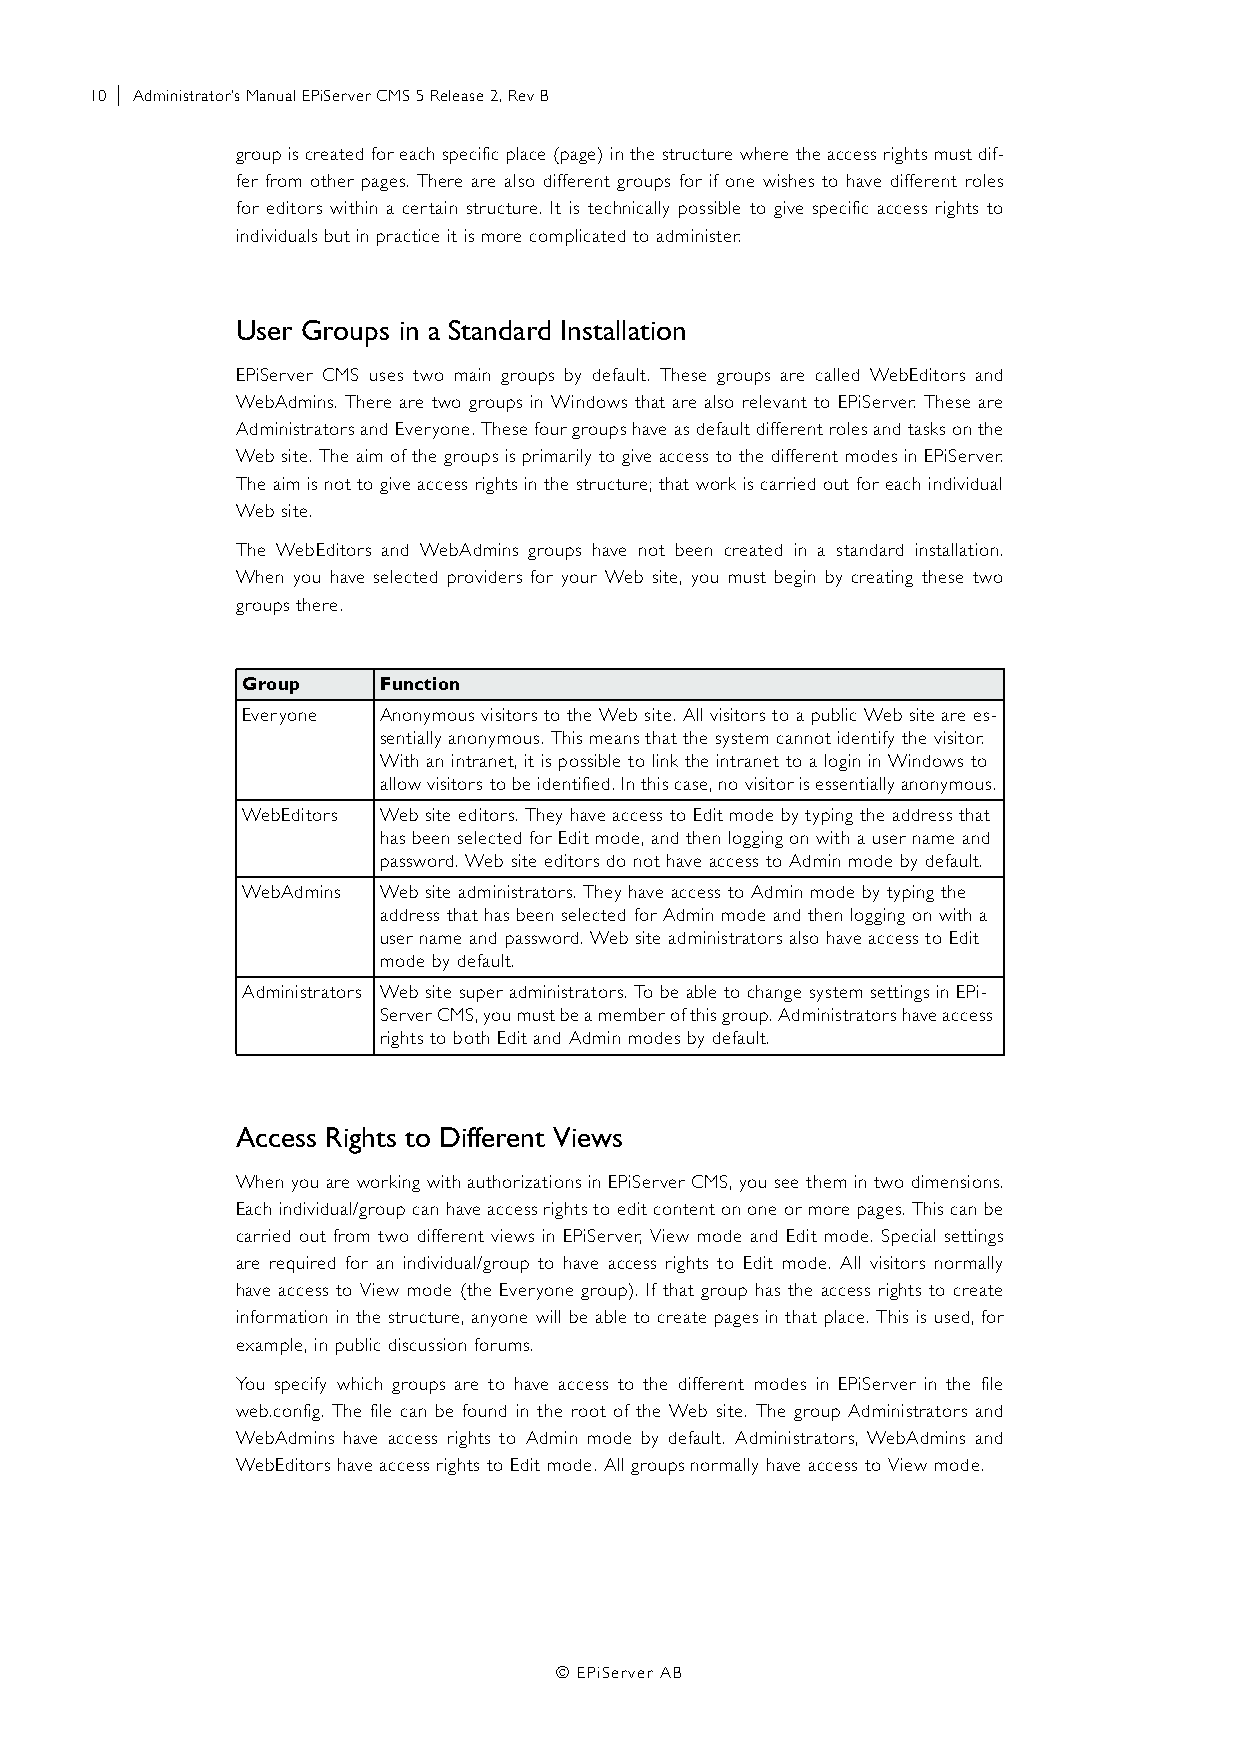
10 | Administrator’s Manual EPiServer CMS 5 Release 2, Rev B
 group is created for each specific place (page) in the structure where the access rights must dif-
 fer from other pages. There are also different groups for if one wishes to have different roles
 for editors within a certain structure. It is technically possible to give specific access rights to
 individuals but in practice it is more complicated to administer.
 User Groups in a Standard Installation
 EPiServer CMS uses two main groups by default. These groups are called WebEditors and
 WebAdmins. There are two groups in Windows that are also relevant to EPiServer. These are
 Administrators and Everyone. These four groups have as default different roles and tasks on the
 Web site. The aim of the groups is primarily to give access to the different modes in EPiServer.
 The aim is not to give access rights in the structure; that work is carried out for each individual
 Web site.
 The WebEditors and WebAdmins groups have not been created in a standard installation.
 When you have selected providers for your Web site, you must begin by creating these two
 groups there.
 Group    Function
 Everyone Anonymous visitors to the Web site. All visitors to a public Web site are es-
 sentially anonymous. This means that the system cannot identify the visitor.
 With an intranet, it is possible to link the intranet to a login in Windows to
 allow visitors to be identified. In this case, no visitor is essentially anonymous.
 WebEditors Web site editors. They have access to Edit mode by typing the address that
 has been selected for Edit mode, and then logging on with a user name and
 password. Web site editors do not have access to Admin mode by default.
 WebAdmins Web site administrators. They have access to Admin mode by typing the
 address that has been selected for Admin mode and then logging on with a
 user name and password. Web site administrators also have access to Edit
 mode by default.
 Administrators Web site super administrators. To be able to change system settings in EPi-
 Server CMS, you must be a member of this group. Administrators have access
 rights to both Edit and Admin modes by default.
 Access Rights to Different Views
 When you are working with authorizations in EPiServer CMS, you see them in two dimensions.
 Each individual/group can have access rights to edit content on one or more pages. This can be
 carried out from two different views in EPiServer, View mode and Edit mode. Special settings
 are required for an individual/group to have access rights to Edit mode. All visitors normally
 have access to View mode (the Everyone group). If that group has the access rights to create
 information in the structure, anyone will be able to create pages in that place. This is used, for
 example, in public discussion forums.
 You specify which groups are to have access to the different modes in EPiServer in the file
 web.config. The file can be found in the root of the Web site. The group Administrators and
 WebAdmins have access rights to Admin mode by default. Administrators, WebAdmins and
 WebEditors have access rights to Edit mode. All groups normally have access to View mode.
 © EPiServer AB